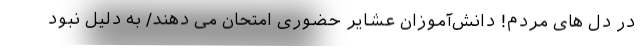
در دل های مردم! دانش‌آموزان عشایر حضوری امتحان می دهند/ به دلیل نبود